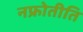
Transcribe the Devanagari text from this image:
नफ्रोेतीति